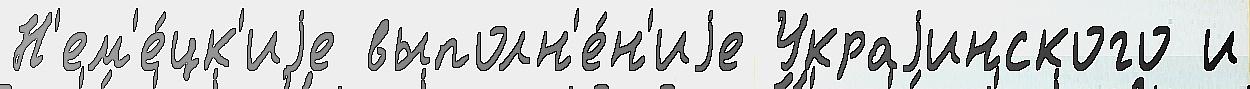
Н'ем'е́цк'иjе выполн'е́н'иjе Украjинского и